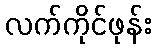
လက်ကိုင်ဖုန်း